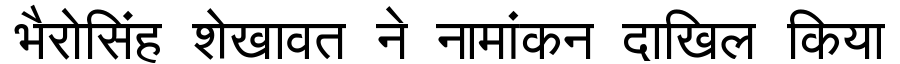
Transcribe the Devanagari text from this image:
भैरोसिंह शेखावत ने नामांकन दाखिल किया